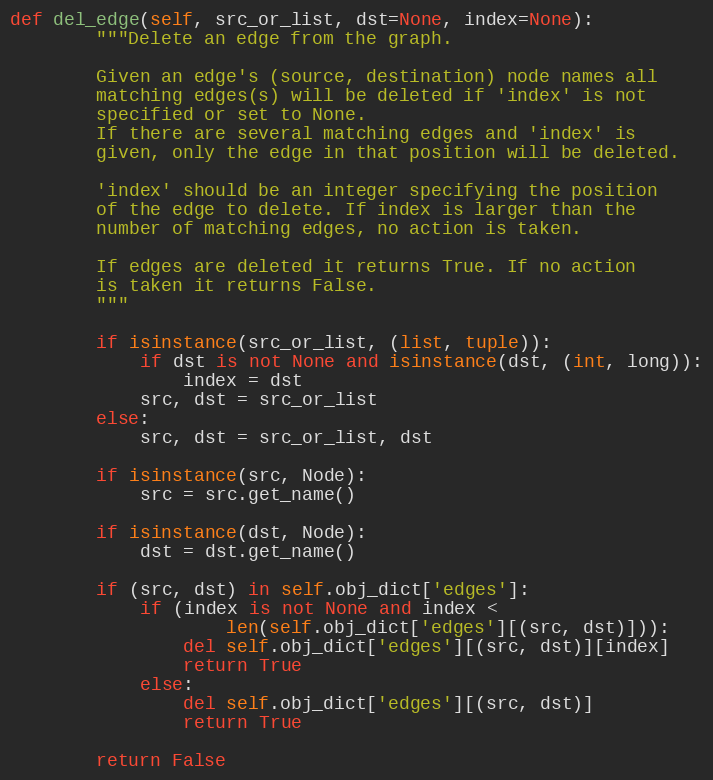
Language: Python
def del_edge(self, src_or_list, dst=None, index=None):
        """Delete an edge from the graph.

        Given an edge's (source, destination) node names all
        matching edges(s) will be deleted if 'index' is not
        specified or set to None.
        If there are several matching edges and 'index' is
        given, only the edge in that position will be deleted.

        'index' should be an integer specifying the position
        of the edge to delete. If index is larger than the
        number of matching edges, no action is taken.

        If edges are deleted it returns True. If no action
        is taken it returns False.
        """

        if isinstance(src_or_list, (list, tuple)):
            if dst is not None and isinstance(dst, (int, long)):
                index = dst
            src, dst = src_or_list
        else:
            src, dst = src_or_list, dst

        if isinstance(src, Node):
            src = src.get_name()

        if isinstance(dst, Node):
            dst = dst.get_name()

        if (src, dst) in self.obj_dict['edges']:
            if (index is not None and index <
                    len(self.obj_dict['edges'][(src, dst)])):
                del self.obj_dict['edges'][(src, dst)][index]
                return True
            else:
                del self.obj_dict['edges'][(src, dst)]
                return True

        return False